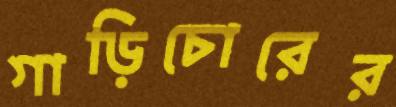
গাড়িচোরের